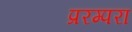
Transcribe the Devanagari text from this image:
प्ररम्परा